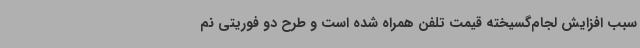
سبب افزایش لجام‌گسیخته قیمت تلفن همراه شده است و طرح دو فوریتی نم